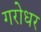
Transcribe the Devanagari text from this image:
गरोधर